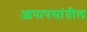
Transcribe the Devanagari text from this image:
आपापसांतील